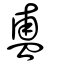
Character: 簠